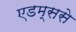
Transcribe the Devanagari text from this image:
एडम्ससे